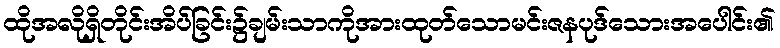
ထိုအလိုရှိတိုင်းအိပ်ခြင်း၌ချမ်းသာကိုအားထုတ်သောမင်းဇနပုဒ်သေားအပေါင်း၏